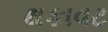
થકાવટ